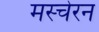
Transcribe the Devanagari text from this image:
मस्चेरन